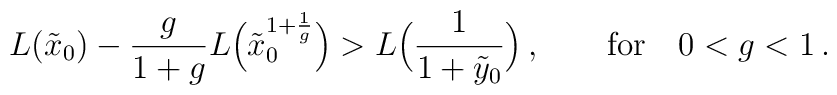
L ( \tilde{x}_0 ) - \frac{g}{1+g}  L\Bigl( \tilde{x}_0^{1+\frac 1g} \Bigr) >  L\Bigl(\frac{1}{ 1+\tilde{y}_0 } \Bigr) \,,  \qquad {\rm for} \quad 0 < g < 1 \,.